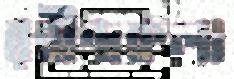
রবীন্দ্রকলা